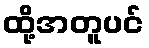
ထို့အတူပင်